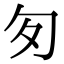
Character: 匇